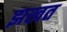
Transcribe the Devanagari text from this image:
झखत